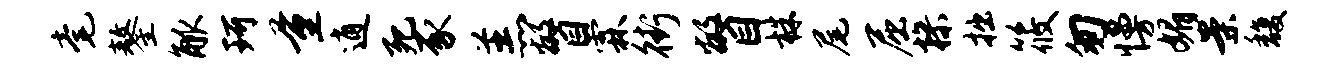
毫鏊觚珂量逍死豕羔瞥霖街瞥株尾屈操拙筱匆慢媚案馥